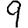
Digit: 9